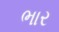
ભાર